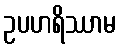
ဥပဟရိဿာမ